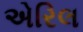
એરિલ